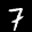
Label: 7